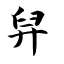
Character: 舁